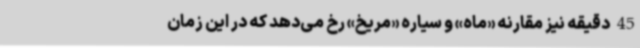
45 دقیقه نیز مقارنه «ماه» و سیاره «مریخ» رخ می‌دهد که در این زمان